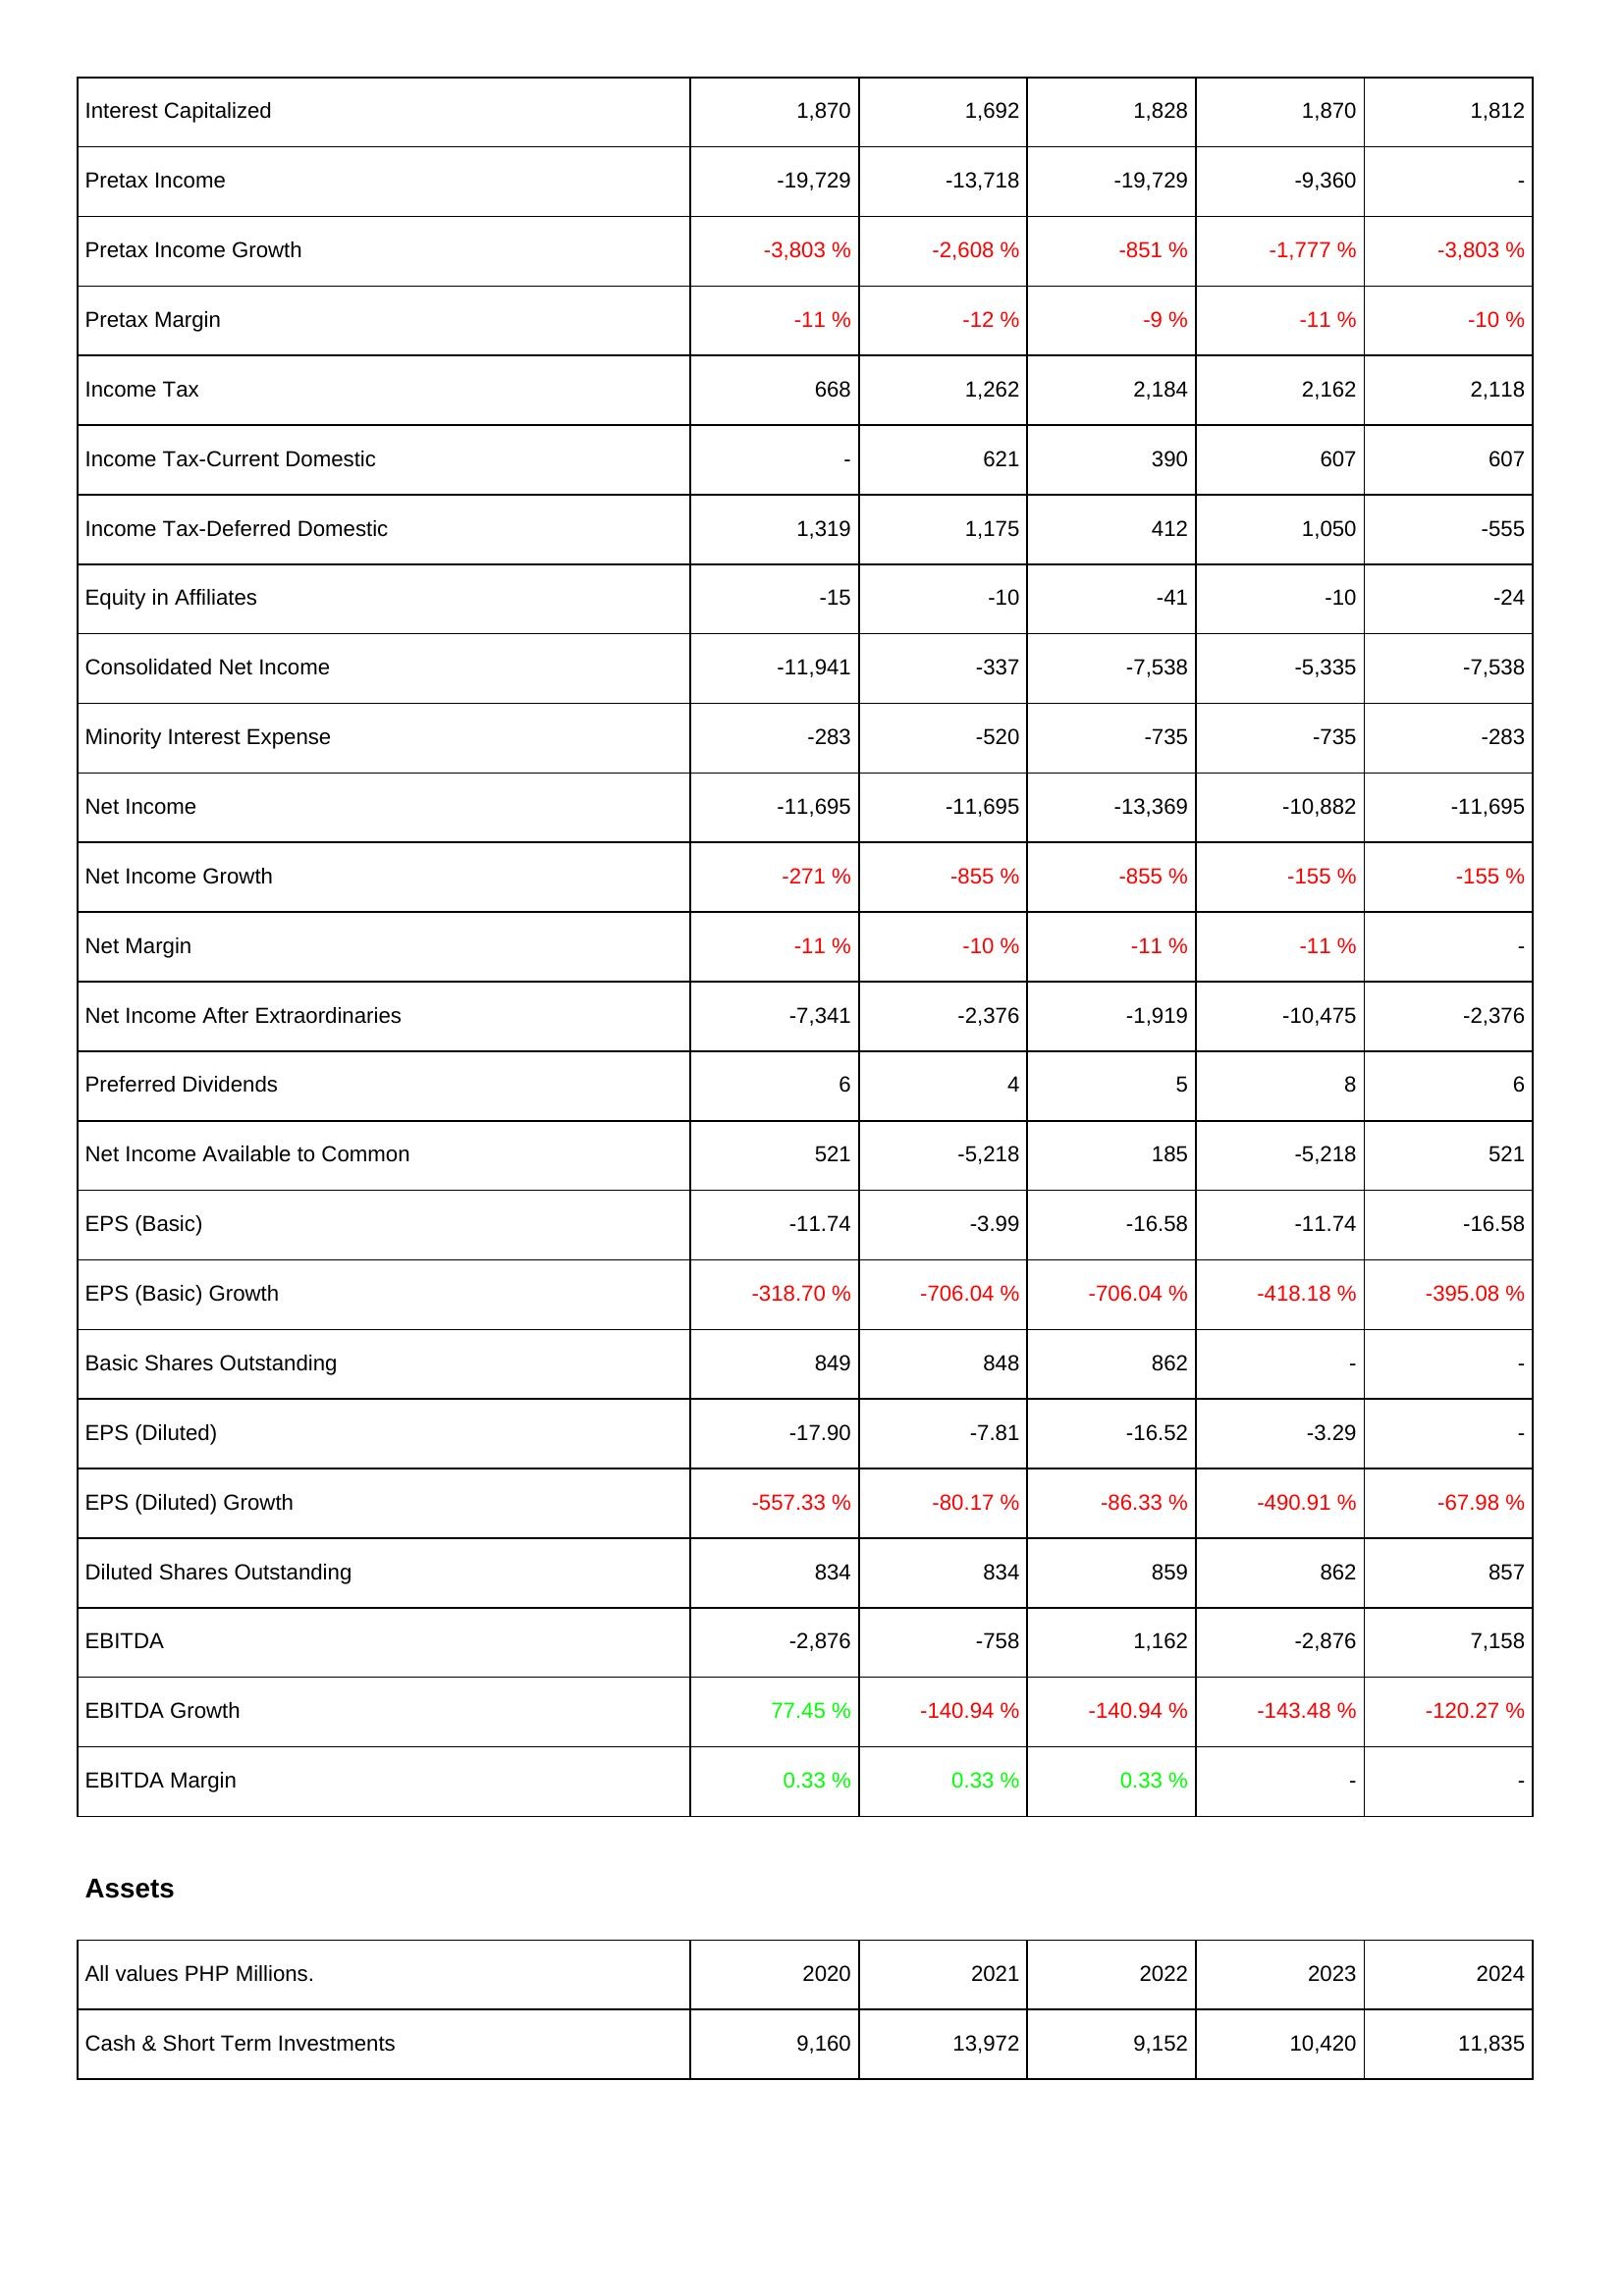
2020: Income Statement: Interest Capitalized: 1,870
Pretax Income: -19,729
Pretax Income Growth: -3,803 %
Pretax Margin: -11 %
Income Tax: 668
Income Tax-Current Domestic: -
Income Tax-Deferred Domestic: 1,319
Equity in Affiliates: -15
Consolidated Net Income: -11,941
Minority Interest Expense: -283
Net Income: -11,695
Net Income Growth: -271 %
Net Margin: -11 %
Net Income After Extraordinaries: -7,341
Preferred Dividends: 6
Net Income Available to Common: 521
EPS (Basic): -11.74
EPS (Basic) Growth: -318.70 %
Basic Shares Outstanding: 849
EPS (Diluted): -17.90
EPS (Diluted) Growth: -557.33 %
Diluted Shares Outstanding: 834
EBITDA: -2,876
EBITDA Growth: 77.45 %
EBITDA Margin: 0.33 %
Assets: Cash & Short Term Investments: 9,160
2021: Income Statement: Interest Capitalized: 1,692
Pretax Income: -13,718
Pretax Income Growth: -2,608 %
Pretax Margin: -12 %
Income Tax: 1,262
Income Tax-Current Domestic: 621
Income Tax-Deferred Domestic: 1,175
Equity in Affiliates: -10
Consolidated Net Income: -337
Minority Interest Expense: -520
Net Income: -11,695
Net Income Growth: -855 %
Net Margin: -10 %
Net Income After Extraordinaries: -2,376
Preferred Dividends: 4
Net Income Available to Common: -5,218
EPS (Basic): -3.99
EPS (Basic) Growth: -706.04 %
Basic Shares Outstanding: 848
EPS (Diluted): -7.81
EPS (Diluted) Growth: -80.17 %
Diluted Shares Outstanding: 834
EBITDA: -758
EBITDA Growth: -140.94 %
EBITDA Margin: 0.33 %
Assets: Cash & Short Term Investments: 13,972
2022: Income Statement: Interest Capitalized: 1,828
Pretax Income: -19,729
Pretax Income Growth: -851 %
Pretax Margin: -9 %
Income Tax: 2,184
Income Tax-Current Domestic: 390
Income Tax-Deferred Domestic: 412
Equity in Affiliates: -41
Consolidated Net Income: -7,538
Minority Interest Expense: -735
Net Income: -13,369
Net Income Growth: -855 %
Net Margin: -11 %
Net Income After Extraordinaries: -1,919
Preferred Dividends: 5
Net Income Available to Common: 185
EPS (Basic): -16.58
EPS (Basic) Growth: -706.04 %
Basic Shares Outstanding: 862
EPS (Diluted): -16.52
EPS (Diluted) Growth: -86.33 %
Diluted Shares Outstanding: 859
EBITDA: 1,162
EBITDA Growth: -140.94 %
EBITDA Margin: 0.33 %
Assets: Cash & Short Term Investments: 9,152
2023: Income Statement: Interest Capitalized: 1,870
Pretax Income: -9,360
Pretax Income Growth: -1,777 %
Pretax Margin: -11 %
Income Tax: 2,162
Income Tax-Current Domestic: 607
Income Tax-Deferred Domestic: 1,050
Equity in Affiliates: -10
Consolidated Net Income: -5,335
Minority Interest Expense: -735
Net Income: -10,882
Net Income Growth: -155 %
Net Margin: -11 %
Net Income After Extraordinaries: -10,475
Preferred Dividends: 8
Net Income Available to Common: -5,218
EPS (Basic): -11.74
EPS (Basic) Growth: -418.18 %
Basic Shares Outstanding: -
EPS (Diluted): -3.29
EPS (Diluted) Growth: -490.91 %
Diluted Shares Outstanding: 862
EBITDA: -2,876
EBITDA Growth: -143.48 %
EBITDA Margin: -
Assets: Cash & Short Term Investments: 10,420
2024: Income Statement: Interest Capitalized: 1,812
Pretax Income: -
Pretax Income Growth: -3,803 %
Pretax Margin: -10 %
Income Tax: 2,118
Income Tax-Current Domestic: 607
Income Tax-Deferred Domestic: -555
Equity in Affiliates: -24
Consolidated Net Income: -7,538
Minority Interest Expense: -283
Net Income: -11,695
Net Income Growth: -155 %
Net Margin: -
Net Income After Extraordinaries: -2,376
Preferred Dividends: 6
Net Income Available to Common: 521
EPS (Basic): -16.58
EPS (Basic) Growth: -395.08 %
Basic Shares Outstanding: -
EPS (Diluted): -
EPS (Diluted) Growth: -67.98 %
Diluted Shares Outstanding: 857
EBITDA: 7,158
EBITDA Growth: -120.27 %
EBITDA Margin: -
Assets: Cash & Short Term Investments: 11,835